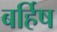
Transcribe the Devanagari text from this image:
बर्हिष